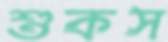
শুকস